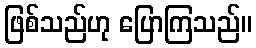
ဖြစ်သည်ဟု ပြောကြသည်။